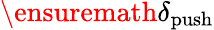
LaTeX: \ensuremath{\delta_{\mathrm{push}}}